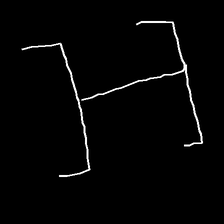
Glyph: entwine